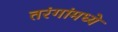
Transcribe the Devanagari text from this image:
तरंगांमध्ये